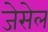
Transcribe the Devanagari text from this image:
जेसेल